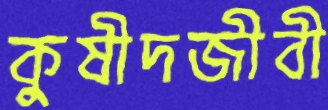
কুষীদজীবী